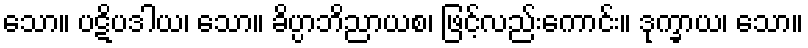
သော။ ပဋိပဒါယ၊ သော။ ခိပ္ပာဘိညာယစ၊ ဖြင့်လည်းကောင်း။ ဒုက္ခာယ၊ သော။